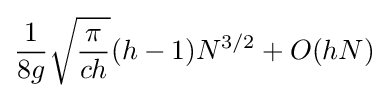
{\frac {1}{8g}}{\sqrt {\frac {\pi }{ch}}}(h-1)N^{3/2}+O(hN)